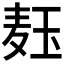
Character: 𬍞